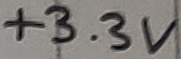
Text: +3.3V